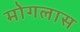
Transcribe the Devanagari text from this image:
मोगलास